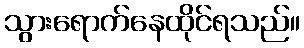
သွားရောက်နေထိုင်ရသည်။